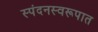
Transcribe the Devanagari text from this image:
स्पंदनस्वरूपात